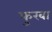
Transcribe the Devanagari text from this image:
फुरबा